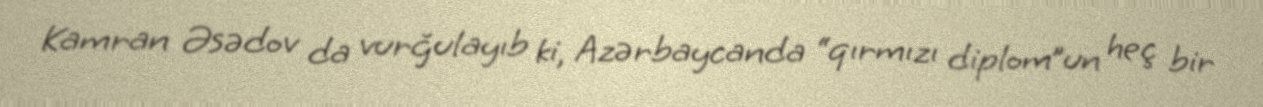
Kamran Əsədov da vurğulayıb ki, Azərbaycanda “qırmızı diplom”un heç bir